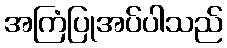
အကြံပြုအပ်ပါသည်